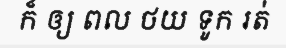
ក៏ ឲ្យ ពល ថយ ទូក រត់